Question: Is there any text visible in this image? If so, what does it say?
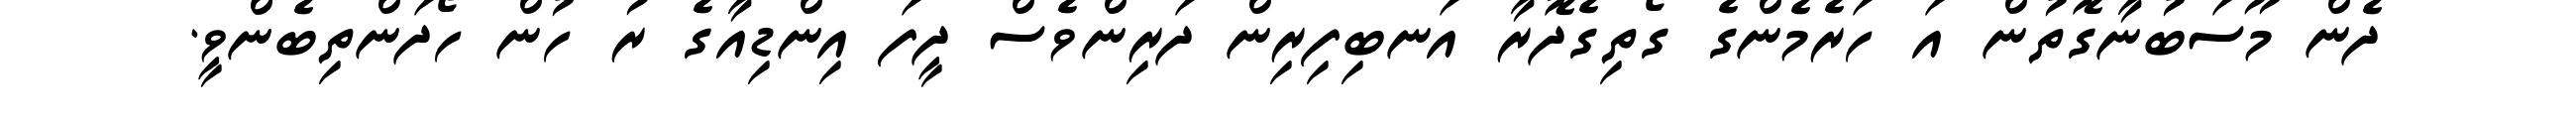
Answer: ދެން މޫސަބުނާގޮތުން އަ ހަރެމެންގެ ގޯތިގެދޮރާ އަނބިފިރިން ދަރިންވެސް ދީފަ އިންޑިއާގެ ރު ހުން ހޯދަންތިބެންވީ.